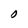
Character: O